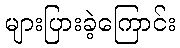
များပြားခဲ့ကြောင်း